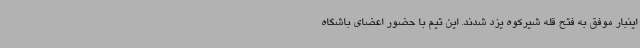
اینبار موفق به فتح قله شیرکوه یزد شدند. این تیم با حضور اعضای باشگاه